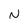
Character: N